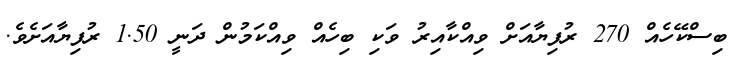
ބިސްކޭހެއް 270 ރުފިޔާއަށް ވިއްކާއިރު ވަކި ބިހެއް ވިއްކަމުން ދަނީ 1.50 ރުފިޔާއަށެވެ.